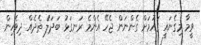
ވީމާ މިގެނައީ ގައުމަށް ގެންނަން ޖެހޭ އެންމެ ރަނގަޅު ބަދަލެު ތެދެއް ދިވެހިން